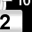
Digit: 2